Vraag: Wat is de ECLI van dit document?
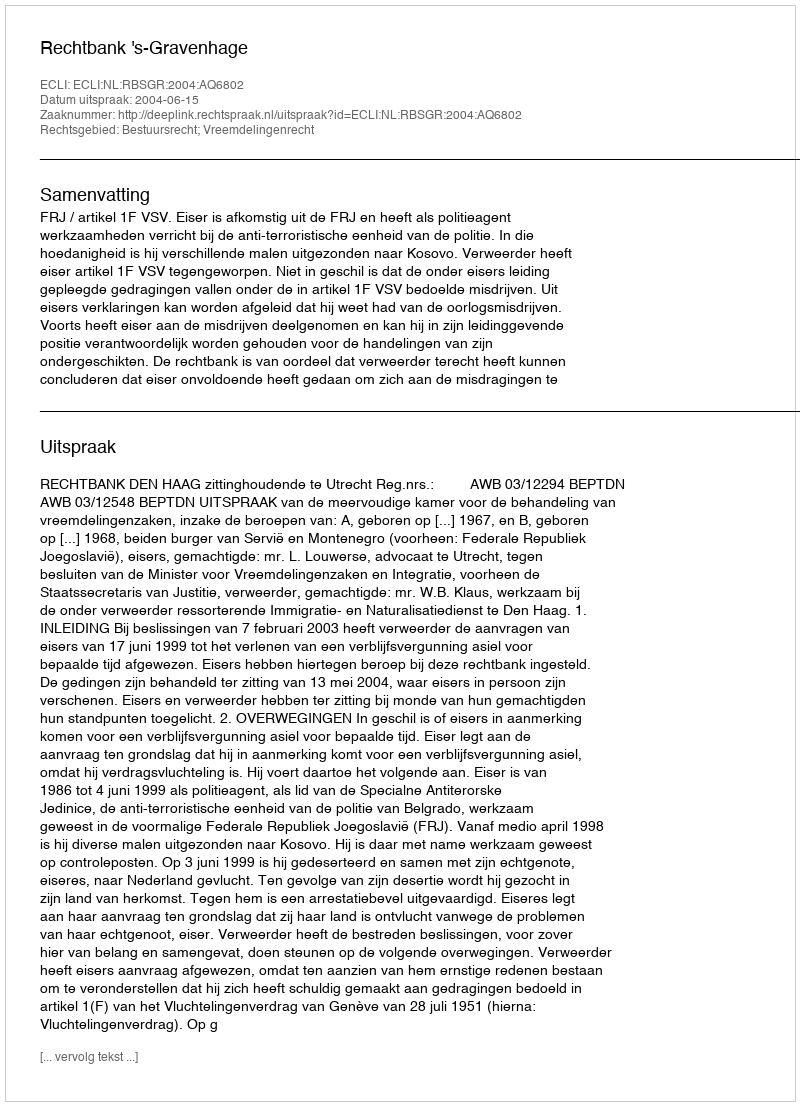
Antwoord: ECLI:NL:RBSGR:2004:AQ6802